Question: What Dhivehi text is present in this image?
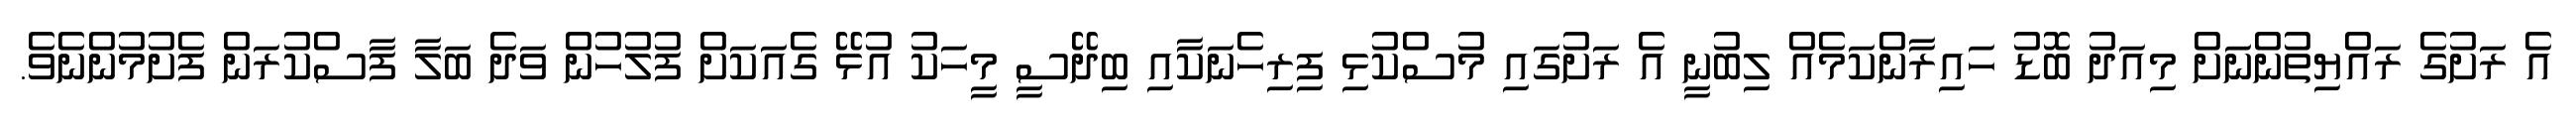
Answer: އެ ރަށުގެ ރައްޔިތުންނަށް މިއަދު ބޮޑު ހައިރާންކަމެއް ލިބުނީ އެ ރަށުގައި މުސްކުޅި ފިރިހެނަކާއި ބިދޭސީ މީހަކު އުޅޭ ގެއަކަށް ފުލުހުން ވަދެ ބަލާ ފާސްކުރަން ފެށުމުންނެވެ.